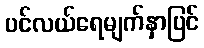
ပင်လယ်ရေမျက်နှာပြင်